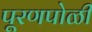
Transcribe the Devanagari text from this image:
पूरणपोळी